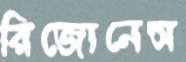
রিজোনেন্স